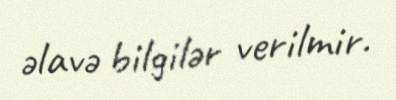
əlavə bilgilər verilmir.